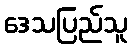
ဒေသပြည်သူ